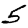
Digit: 5